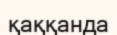
қаққанда